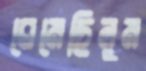
ঘেমেছিলুম